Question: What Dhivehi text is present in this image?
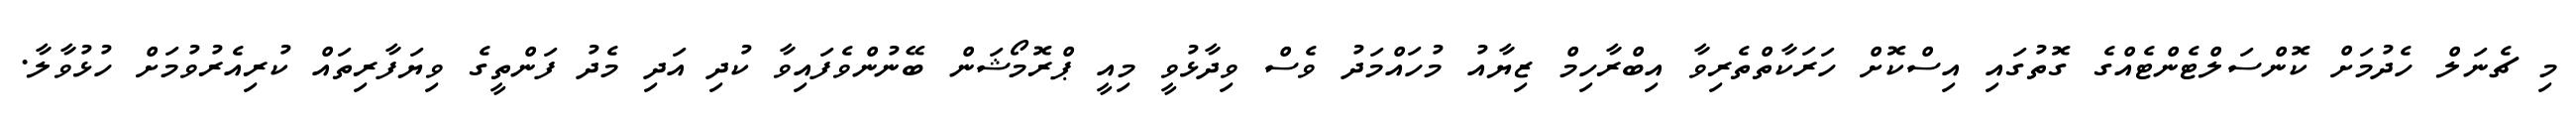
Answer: މި ޗެނަލް ހެދުމަށް ކޮންސަލްޓެންޓެއްގެ ގޮތުގައި އިސްކޮށް ހަރަކާތްތެރިވާ އިބްރާހިމް ޒިޔާއު މުހައްމަދު ވެސް ވިދާޅުވީ މިއީ ޕްރޮމޯޝަން ބޭނުންވެފައިވާ ކުދި އަދި މެދު ފަންތީގެ ވިޔަފާރިތައް ކުރިއެރުވުމަށް ހުޅުވާލާ.